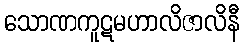
သောဏကူဋမဟာလိဇာလိနီ